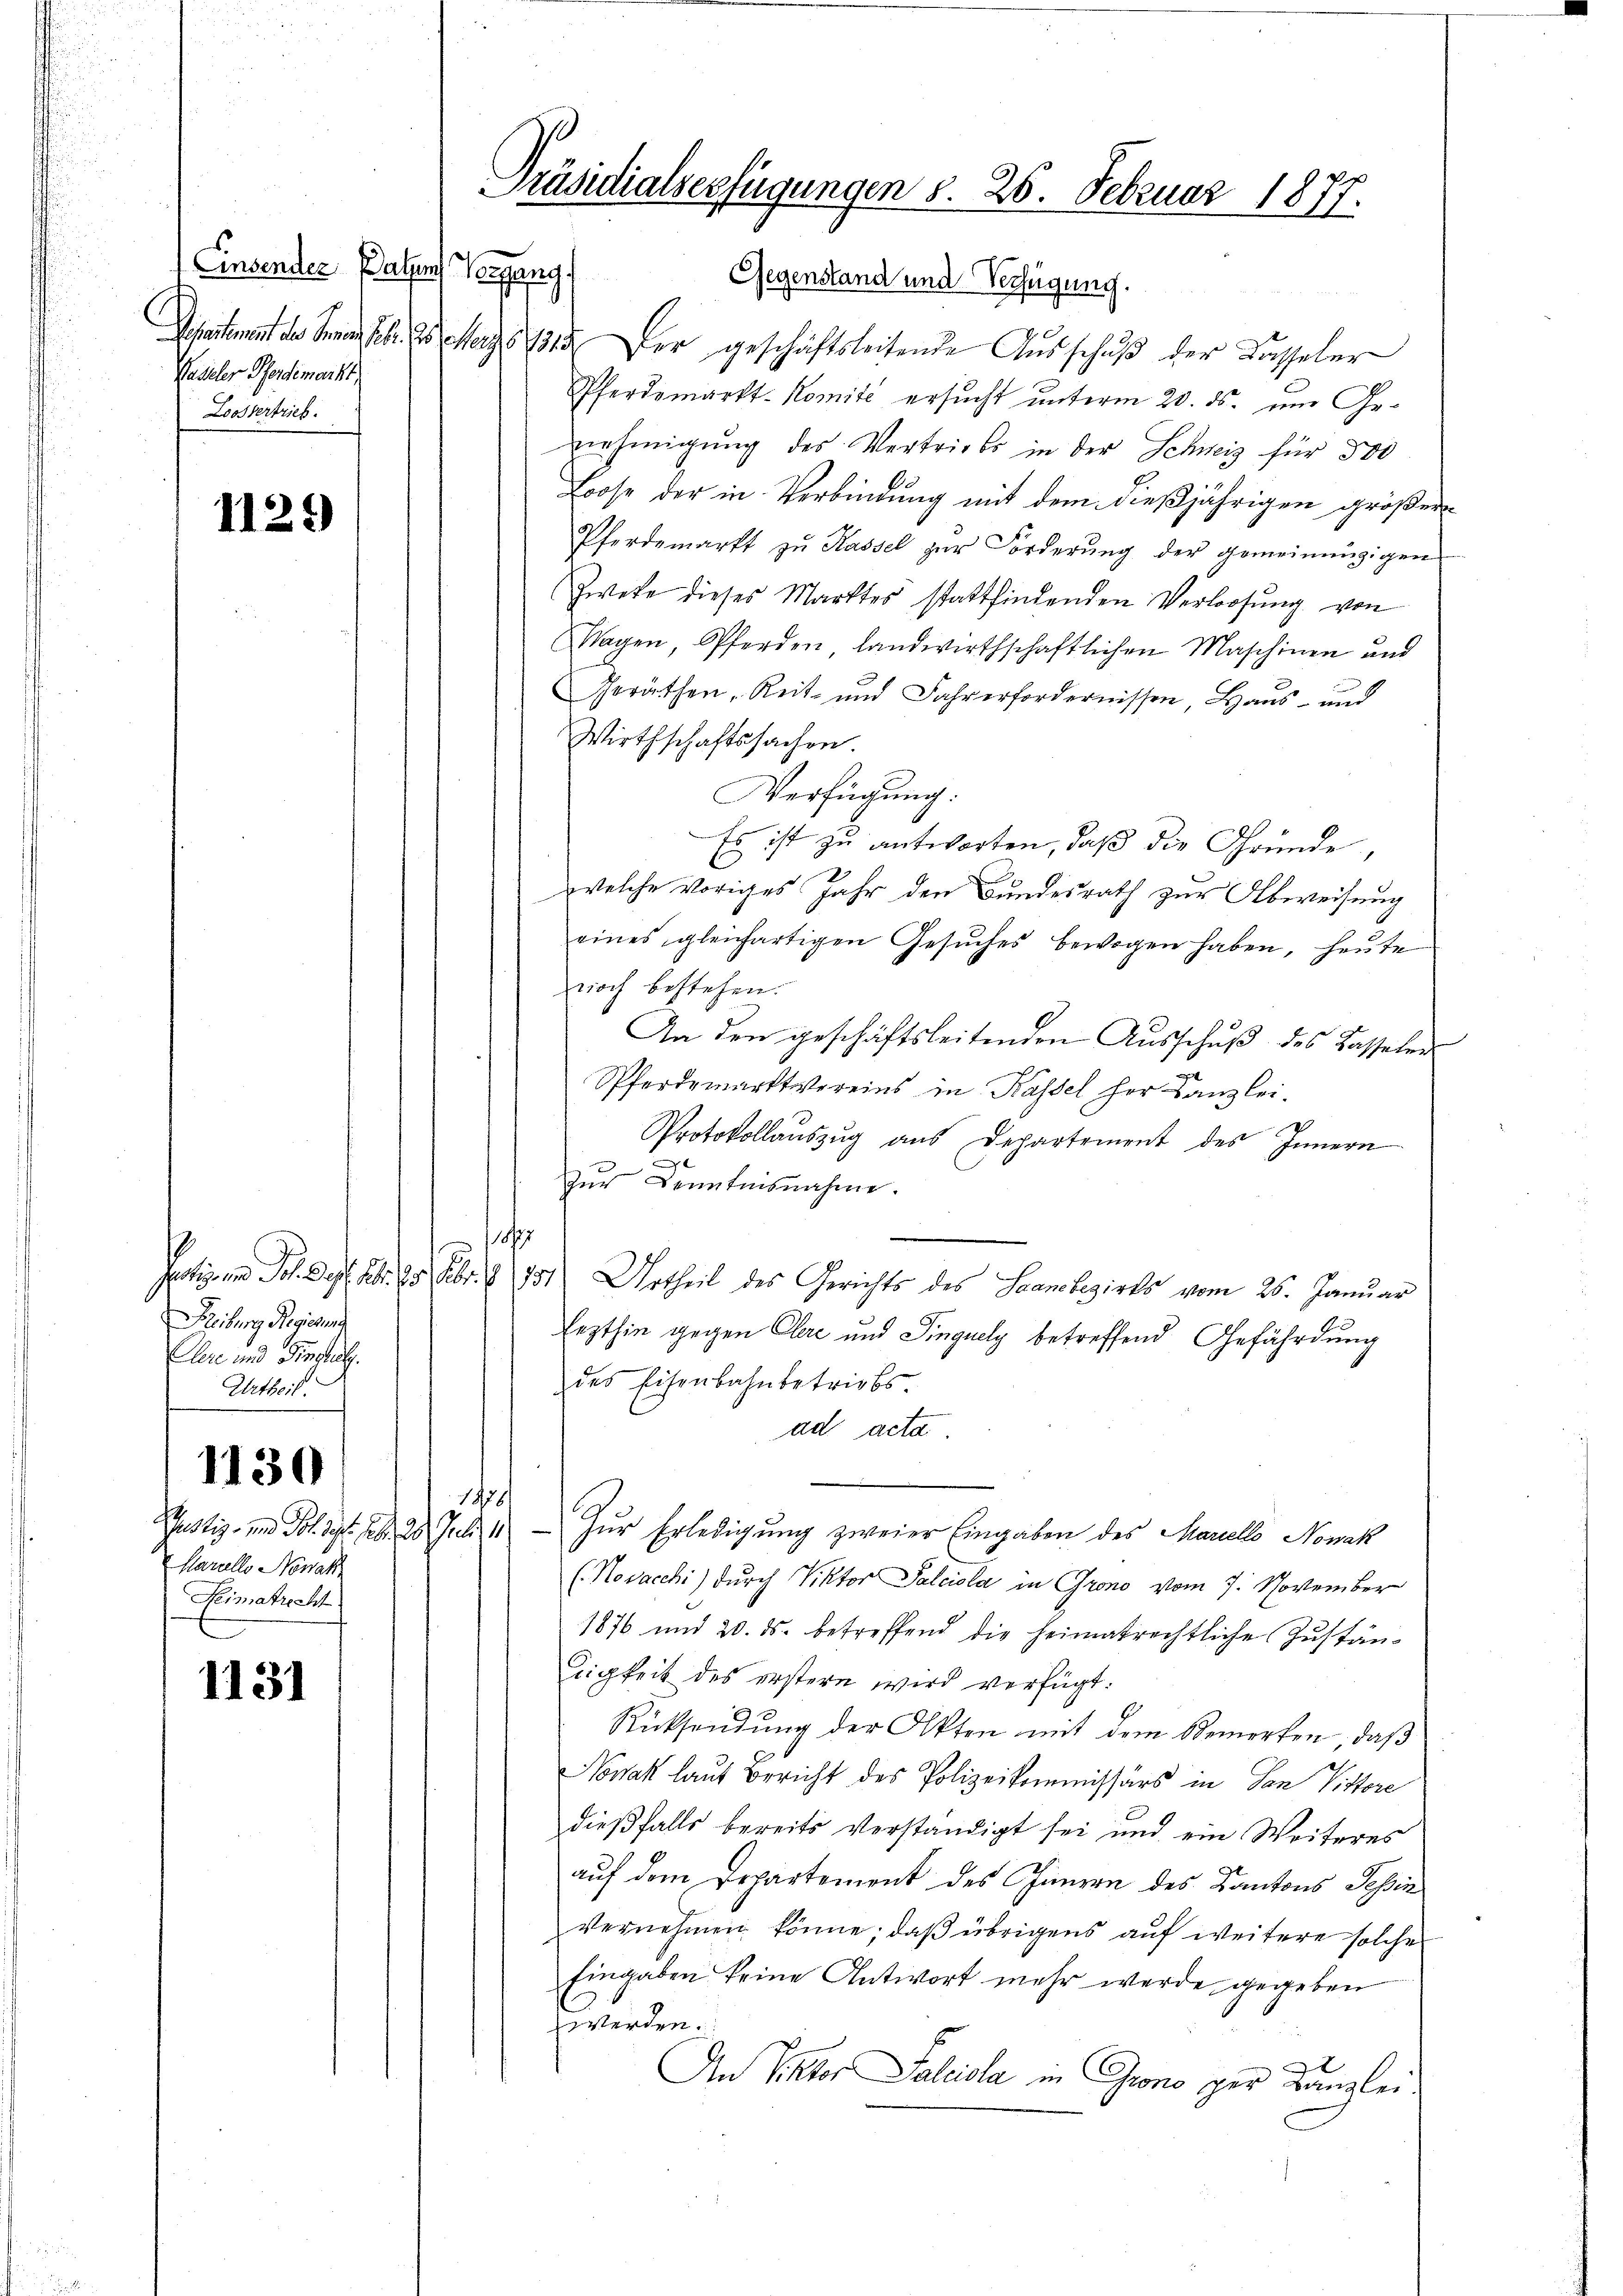
Einsender Paten Vergang
Wasseler Pferdemarkt,
Zoosvertrieb.

1125

Freiburg Regierung
Cler und Singlich
Urtheil.

1130

Mariello Nowak
Heimatrecht

1131

Gegenstand und Verfügung.
Departement der Senat Jb. Es er der geschäftsleitende Ausschuß der Kasseler
Pferdemarkt-Komité ersucht unterm 20. ds. um Genehmigung des Vertriebs in der Schweiz für 500
Boose der in Verbindung mit dem dießjährigen größer
Pferdemärkt zŭ Hassel zur Forderŭng der gemeinenzigen
Zwete dieses Marktes stattfindenden Verloosung von
Magen, Pferden, landwirthschaftlichen Maschinen und
Geräthen Reit- und Jahr erfordernissen, Haus- und
Wirthschaftssachen.
Verfügung:
Es ist zu antworten, daß die Gründe,
welche voriges Jahr den Bundesrath zur Abweisung
eines gleichartigen Gesŭches bewogen haben, heute
noch bestehen.
An den geschäftsleitenden Aŭsschŭβ des Basseler
Pferdemarktvereins in Kassel her Kanzlei.
D
Protokollauszug aus Departement des Innern
.
zur Kenntnisnahme.
1817
Potiz und Joh. Beyl. Fr. 25. Febr. 1901) Urtheil des Gerichts des Sanckezirks vom 26. Januar
Eezthin gegen Clare und Singuely betreffend Gefährdung
des Eisenbahnbetriebs
ad acta.
1458/
Justiz- und Fol. Sept. Febr. 28. Juli 1) Zur Erledigung zweier Eingaben des Mariello Nowak
(Novacchi) durch Viktor Salciola in Grono vom 7. November
1876 und 20. ds. betreffend die heimatrechtliche Zustänligkeit des erstern wird verfügt:
Rücksendung der Akten mit dem Bemerken, daß
Nowak laut Bericht des Polizeikommissärs in San Vittore
dießfalls bereits verständigt sei und ein Weiteres
auf dem Departement des Jungen des Kantons Tessin
vernehmen könne; daβ übrigens aŭf weitere solche
Eingaben keine Antwort mehr werde gegeben
werden.
e
An Viktor Falciola in Grono per Kanzlei

Präsidialserfügungen S. 26. Februar 1877.